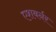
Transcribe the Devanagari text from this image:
एशबर्नर